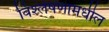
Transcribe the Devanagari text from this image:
विश्लेषणामधील